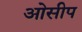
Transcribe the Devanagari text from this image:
ओसीप